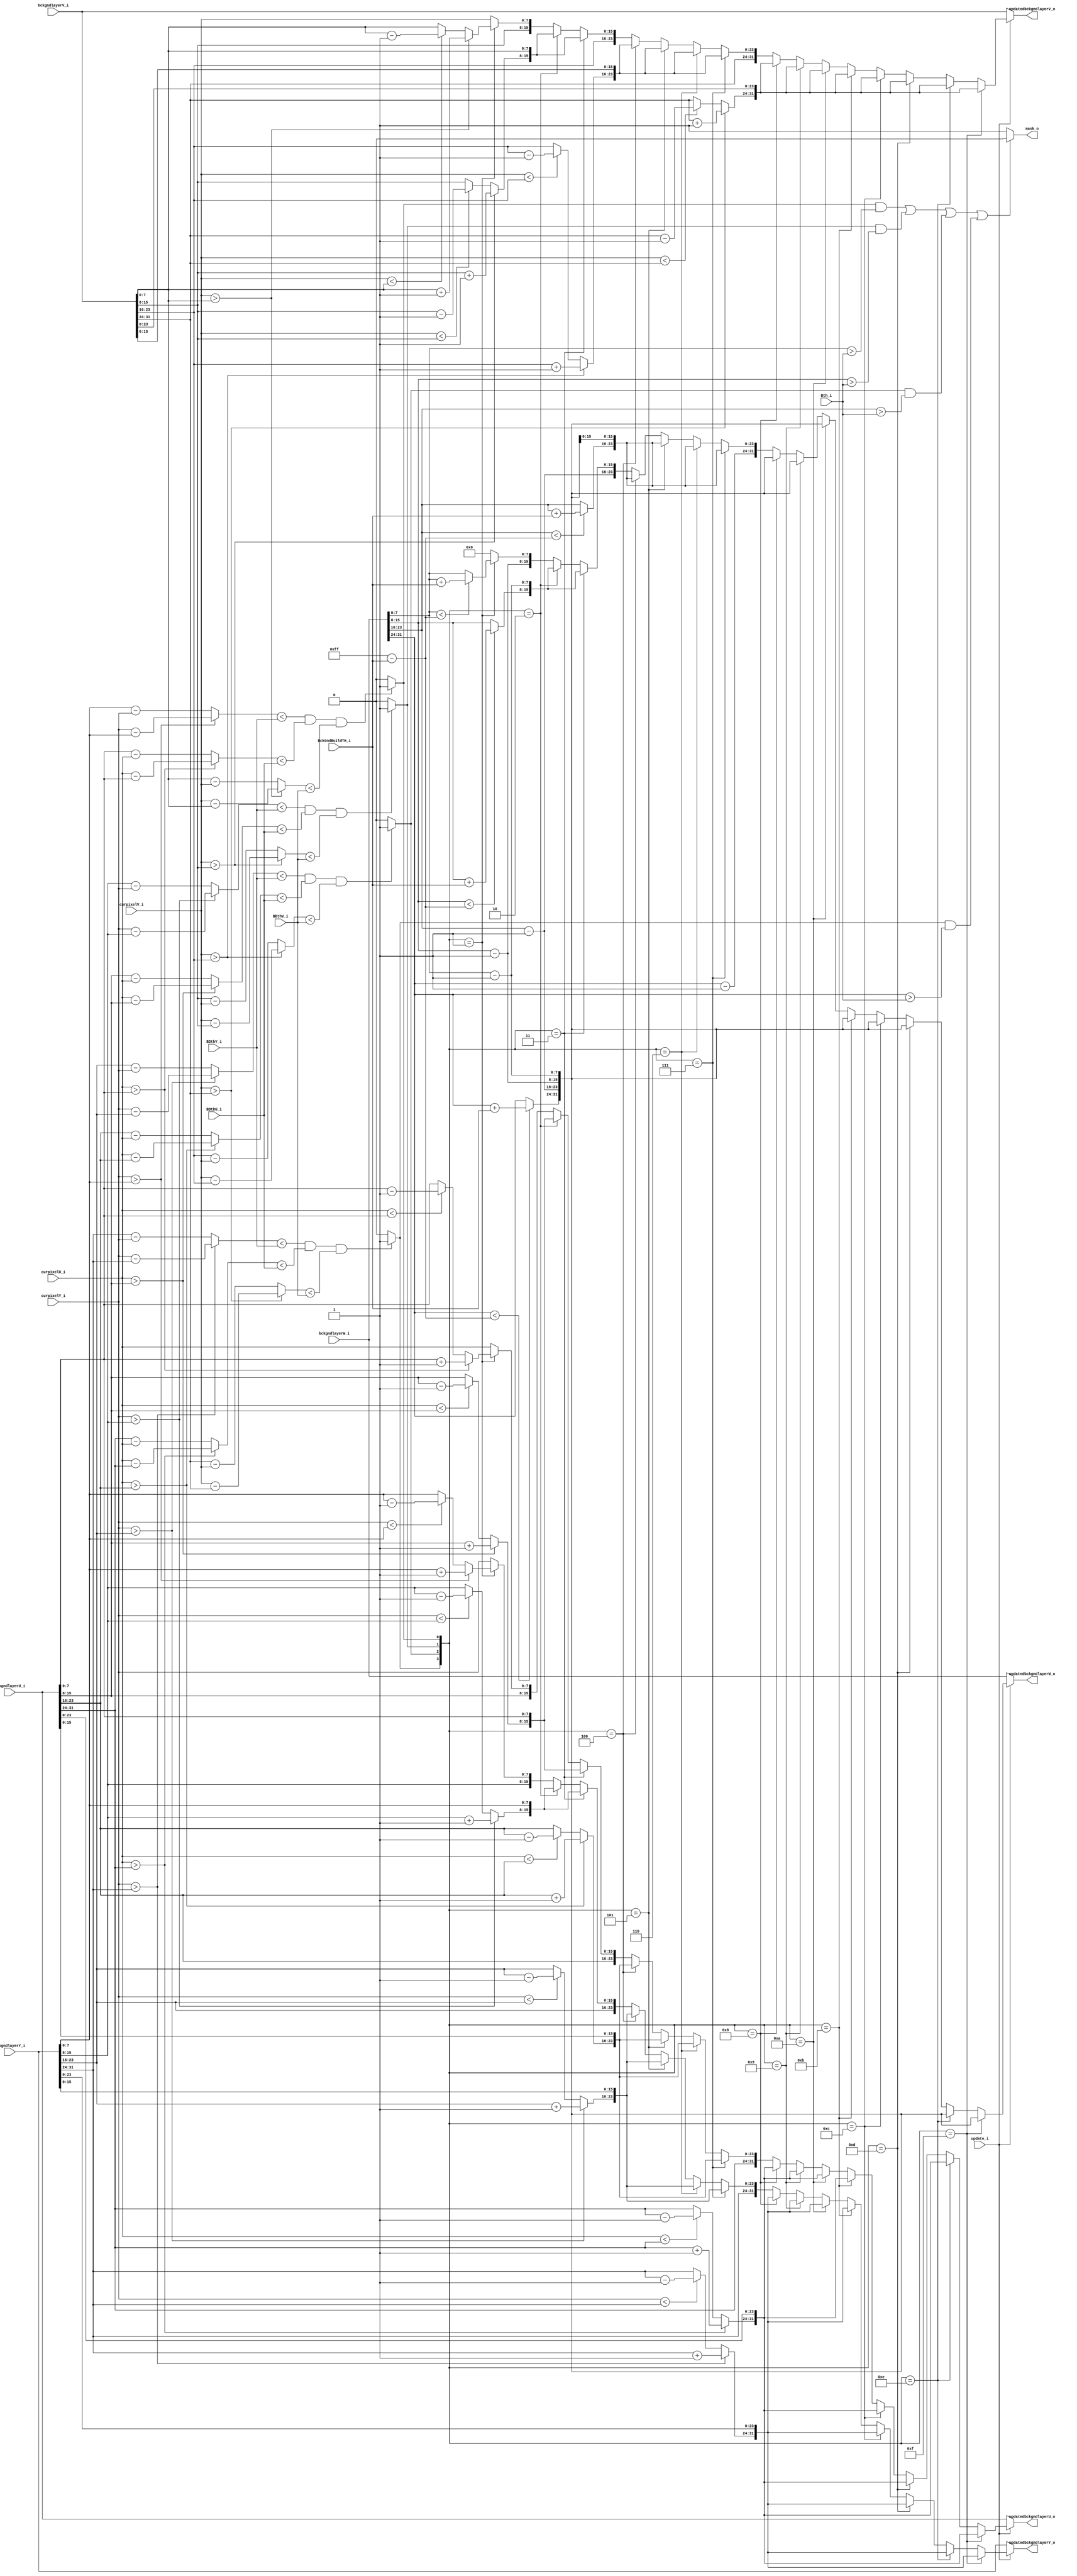
//  --========================================================================--
//  This confidential and proprietary software may be used only as
//  authorised by a licensing agreement from LAB421 NTU
//    (C) COPYRIGHT 2009-2012 ARM Limited
//        ALL RIGHTS RESERVED
//  The entire notice above must be reproduced on all authorised
//  copies and copies may only be made to the extent permitted
//  by a licensing agreement from  LAB421 NTU
//  
//  ----------------------------------------------------------------------------
//  Version and Release Control Information:
//  
//  File Revision      : 1.0
//  
//  Release Information : 
//  
//  ----------------------------------------------------------------------------
//  Purpose            : perform the background matching, update and foreground decision of a SINGLE pixel
//                       the thresholds (BDthY, BDthU, BDthV, Bth, update, BckGndBuildTH,) should be decided 
//                       before the processing and used as input in this module
//  --========================================================================--



module SegCore(
                //clk_i,
                //reset_i,
                //start_i,              
                //ctrl_gateCLK_i, 
                //stall_i,
                
                //lineidx_i, 
                //pixelidx_i,
                //MinWeightLayer, 
                BDthY_i, 
                BDthU_i, 
                BDthV_i, 
                Bth_i, 
                update_i, 
                BckGndBuildTH_i,                                          
                curpixelY_i, 
                curpixelU_i, 
                curpixelV_i, 
                bckgndlayerY_i, 
                bckgndlayerU_i,  
                bckgndlayerV_i,  
                bckgndlayerW_i,
                updatedbckgndlayerY_o,
                updatedbckgndlayerU_o,
                updatedbckgndlayerV_o,
                updatedbckgndlayerW_o,
                mask_o  
);              
                
//input clk_i;                     
//input reset_i;                 
//input start_i;                     
//input ctrl_gateCLK_i;            
//input stall_i;                   
                         
//input [15:0] lineidx_i;                 
//input [15:0] pixelidx_i;                
//input [3:0] MinWeightLayer;      //maximum 16 layers of background, 
                                   //but it is assumed that the minimal weight layer of background is already switched to the last position 
input [7:0] BDthY_i;                   
input [7:0] BDthU_i;                   
input [7:0] BDthV_i;                   
input [7:0] Bth_i;                     
input update_i;                  
input [7:0] BckGndBuildTH_i;                    
input [7:0] curpixelY_i;               
input [7:0] curpixelU_i;               
input [7:0] curpixelV_i;               
input [31:0] bckgndlayerY_i;     //4 background layer are used in this version       
input [31:0] bckgndlayerU_i;            
input [31:0] bckgndlayerV_i;  
input [31:0] bckgndlayerW_i; 
output [31:0] updatedbckgndlayerY_o;     //4 background layer are used in this version       
output [31:0] updatedbckgndlayerU_o;            
output [31:0] updatedbckgndlayerV_o;         
output [31:0] updatedbckgndlayerW_o;            
output mask_o;           

//Reg and Wire
wire [7:0] AbsDifflayer0Y;
wire [7:0] AbsDifflayer0U;
wire [7:0] AbsDifflayer0V;
wire [7:0] AbsDifflayer1Y;
wire [7:0] AbsDifflayer1U;
wire [7:0] AbsDifflayer1V;
wire [7:0] AbsDifflayer2Y;
wire [7:0] AbsDifflayer2U;
wire [7:0] AbsDifflayer2V;
wire [7:0] AbsDifflayer3Y;
wire [7:0] AbsDifflayer3U;
wire [7:0] AbsDifflayer3V;
wire Lay0Matched;
wire Lay1Matched;
wire Lay2Matched;
wire Lay3Matched;
wire [7:0] updatedlayer0Y;          
wire [7:0] updatedlayer0U;
wire [7:0] updatedlayer0V;
wire [7:0] updatedlayer1Y;
wire [7:0] updatedlayer1U;
wire [7:0] updatedlayer1V;
wire [7:0] updatedlayer2Y;
wire [7:0] updatedlayer2U;
wire [7:0] updatedlayer2V;
wire [7:0] updatedlayer3Y;
wire [7:0] updatedlayer3U;
wire [7:0] updatedlayer3V;
wire [7:0] updatedlayer0WINC;
wire [7:0] updatedlayer1WINC;
wire [7:0] updatedlayer2WINC;
wire [7:0] updatedlayer3WINC;
wire [7:0] updatedlayer0WDEC;
wire [7:0] updatedlayer1WDEC;
wire [7:0] updatedlayer2WDEC;
wire [7:0] updatedlayer3WDEC;
wire [31:0] updatedbckgndlayerY_w;
wire [31:0] updatedbckgndlayerU_w;
wire [31:0] updatedbckgndlayerV_w;
wire [31:0] updatedbckgndlayerW_w;




               
wire mask_w  ;   
wire [15:0] lineidx_w1    ;
wire [15:0] pixelidx_w1   ;
wire [7:0]  BDthY_w1      ;
wire [7:0]  BDthU_w1      ;
wire [7:0]  BDthV_w1      ;
wire [7:0]  Bth_w1        ;
wire update_w1            ;
wire [7:0] BckGndBuildTH_w1   ;
wire [7:0] curpixelY_w1       ;
wire [7:0] curpixelU_w1       ;
wire [7:0] curpixelV_w1       ;
wire [31:0] bckgndlayerY_w1   ;
wire [31:0] bckgndlayerU_w1   ;
wire [31:0] bckgndlayerV_w1   ;
wire [31:0] bckgndlayerW_w1   ;
wire [31:0]  updatedbckgndlayerY_w1   ;
wire [31:0]  updatedbckgndlayerU_w1   ;
wire [31:0]  updatedbckgndlayerV_w1   ;
wire [31:0]  updatedbckgndlayerW_w1   ;
wire mask_w1  ;                

							/**Input stage**/ 
           						//No input register
           						
           						
           						
                                                        /**Matching**/


assign AbsDifflayer0Y = (curpixelY_i > bckgndlayerY_i[7:0])?    (curpixelY_i - bckgndlayerY_i[7:0]):    (bckgndlayerY_i[7:0] - curpixelY_i);
assign AbsDifflayer0U = (curpixelU_i > bckgndlayerU_i[7:0])?    (curpixelU_i - bckgndlayerU_i[7:0]):    (bckgndlayerU_i[7:0] - curpixelU_i);
assign AbsDifflayer0V = (curpixelV_i > bckgndlayerV_i[7:0])?    (curpixelV_i - bckgndlayerV_i[7:0]):    (bckgndlayerV_i[7:0] - curpixelV_i);
assign AbsDifflayer1Y = (curpixelY_i > bckgndlayerY_i[15:8])?   (curpixelY_i - bckgndlayerY_i[15:8]):   (bckgndlayerY_i[15:8] - curpixelY_i);
assign AbsDifflayer1U = (curpixelU_i > bckgndlayerU_i[15:8])?   (curpixelU_i - bckgndlayerU_i[15:8]):   (bckgndlayerU_i[15:8] - curpixelU_i);
assign AbsDifflayer1V = (curpixelV_i > bckgndlayerV_i[15:8])?   (curpixelV_i - bckgndlayerV_i[15:8]):   (bckgndlayerV_i[15:8] - curpixelV_i);
assign AbsDifflayer2Y = (curpixelY_i > bckgndlayerY_i[23:16])?  (curpixelY_i - bckgndlayerY_i[23:16]):  (bckgndlayerY_i[23:16] - curpixelY_i);
assign AbsDifflayer2U = (curpixelU_i > bckgndlayerU_i[23:16])?  (curpixelU_i - bckgndlayerU_i[23:16]):  (bckgndlayerU_i[23:16] - curpixelU_i);
assign AbsDifflayer2V = (curpixelV_i > bckgndlayerV_i[23:16])?  (curpixelV_i - bckgndlayerV_i[23:16]):  (bckgndlayerV_i[23:16] - curpixelV_i);
assign AbsDifflayer3Y = (curpixelY_i > bckgndlayerY_i[31:24])?  (curpixelY_i - bckgndlayerY_i[31:24]):  (bckgndlayerY_i[31:24] - curpixelY_i);
assign AbsDifflayer3U = (curpixelU_i > bckgndlayerU_i[31:24])?  (curpixelU_i - bckgndlayerU_i[31:24]):  (bckgndlayerU_i[31:24] - curpixelU_i);
assign AbsDifflayer3V = (curpixelV_i > bckgndlayerV_i[31:24])?  (curpixelV_i - bckgndlayerV_i[31:24]):  (bckgndlayerV_i[31:24] - curpixelV_i);
        
assign Lay0Matched = ( (AbsDifflayer0Y < BDthY_i) &&  (AbsDifflayer0U < BDthU_i) && (AbsDifflayer0V < BDthV_i) )? 1'b1  : 1'b0;
assign Lay1Matched = ( (AbsDifflayer1Y < BDthY_i) &&  (AbsDifflayer1U < BDthU_i) && (AbsDifflayer1V < BDthV_i) )? 1'b1  : 1'b0;
assign Lay2Matched = ( (AbsDifflayer2Y < BDthY_i) &&  (AbsDifflayer2U < BDthU_i) && (AbsDifflayer2V < BDthV_i) )? 1'b1  : 1'b0;
assign Lay3Matched = ( (AbsDifflayer3Y < BDthY_i) &&  (AbsDifflayer3U < BDthU_i) && (AbsDifflayer3V < BDthV_i) )? 1'b1  : 1'b0;



                                                /**Foreground Decision**/
assign mask_w = ( (Lay0Matched&&(bckgndlayerW_i[7:0] > Bth_i) ) || (Lay1Matched&&(bckgndlayerW_i[15:8] > Bth_i)) || (Lay2Matched&&(bckgndlayerW_i[23:16] > Bth_i)) || (Lay3Matched&&(bckgndlayerW_i[31:24] > Bth_i)) )? 1'b0 : 1'b1;
                 
     



                                                /**Backgnd Update**/

//check below!!  overflow?
assign updatedlayer0Y = (curpixelY_i > bckgndlayerY_i[7:0])?    bckgndlayerY_i[7:0] + 1'b1      : 
                        (curpixelY_i < bckgndlayerY_i[7:0])?    bckgndlayerY_i[7:0] - 1'b1      :
                                                                bckgndlayerY_i[7:0]             ;       
assign updatedlayer0U = (curpixelU_i > bckgndlayerU_i[7:0])?    bckgndlayerU_i[7:0] + 1'b1      : 
                        (curpixelU_i < bckgndlayerU_i[7:0])?    bckgndlayerU_i[7:0] - 1'b1      :
                                                                bckgndlayerU_i[7:0]             ;               
assign updatedlayer0V = (curpixelV_i > bckgndlayerV_i[7:0]) ?   bckgndlayerV_i[7:0] + 1'b1      : 
                        (curpixelV_i < bckgndlayerV_i[7:0]) ?   bckgndlayerV_i[7:0] - 1'b1      :
                                                                bckgndlayerV_i[7:0]             ;       
assign updatedlayer1Y = (curpixelY_i > bckgndlayerY_i[15:8])?   bckgndlayerY_i[15:8] + 1'b1     : 
                        (curpixelY_i < bckgndlayerY_i[15:8])?   bckgndlayerY_i[15:8] - 1'b1     :
                                                                bckgndlayerY_i[15:8]            ; 
assign updatedlayer1U = (curpixelU_i > bckgndlayerU_i[15:8])?   bckgndlayerU_i[15:8] + 1'b1     : 
                        (curpixelU_i < bckgndlayerU_i[15:8])?   bckgndlayerU_i[15:8] - 1'b1     :
                                                                bckgndlayerU_i[15:8]            ; 
assign updatedlayer1V = (curpixelV_i > bckgndlayerV_i[15:8])?   bckgndlayerV_i[15:8] + 1'b1     : 
                        (curpixelV_i < bckgndlayerV_i[15:8])?   bckgndlayerV_i[15:8] - 1'b1     :
                                                                bckgndlayerV_i[15:8]            ; 
assign updatedlayer2Y = (curpixelY_i > bckgndlayerY_i[23:16])?  bckgndlayerY_i[23:16] + 1'b1    : 
                        (curpixelY_i < bckgndlayerY_i[23:16])?  bckgndlayerY_i[23:16] - 1'b1    :
                                                                bckgndlayerY_i[23:16]           ;
assign updatedlayer2U = (curpixelU_i > bckgndlayerU_i[23:16])?  bckgndlayerU_i[23:16] + 1'b1    : 
                        (curpixelU_i < bckgndlayerU_i[23:16])?  bckgndlayerU_i[23:16] - 1'b1    :
                                                                bckgndlayerU_i[23:16]           ;
assign updatedlayer2V = (curpixelV_i > bckgndlayerV_i[23:16])?  bckgndlayerV_i[23:16] + 1'b1    : 
                        (curpixelV_i < bckgndlayerV_i[23:16])?  bckgndlayerV_i[23:16] - 1'b1    :
                                                                bckgndlayerV_i[23:16]           ;
assign updatedlayer3Y = (curpixelY_i > bckgndlayerY_i[31:24])?  bckgndlayerY_i[31:24] + 1'b1    : 
                        (curpixelY_i < bckgndlayerY_i[31:24])?  bckgndlayerY_i[31:24] - 1'b1    :
                                                                bckgndlayerY_i[31:24]           ;
assign updatedlayer3U = (curpixelU_i > bckgndlayerU_i[31:24])?  bckgndlayerU_i[31:24] + 1'b1    : 
                        (curpixelU_i < bckgndlayerU_i[31:24])?  bckgndlayerU_i[31:24] - 1'b1    :
                                                                bckgndlayerU_i[31:24]           ;
assign updatedlayer3V = (curpixelV_i > bckgndlayerV_i[31:24])?  bckgndlayerV_i[31:24] + 1'b1    : 
                        (curpixelV_i < bckgndlayerV_i[31:24])?  bckgndlayerV_i[31:24] - 1'b1    :
                                                                bckgndlayerV_i[31:24]           ;
                                                                
assign updatedlayer0WINC = (bckgndlayerW_i[7:0] < (8'd255 - BckGndBuildTH_i))? bckgndlayerW_i[7:0] + BckGndBuildTH_i    :
                                                                          bckgndlayerW_i[7:0];
assign updatedlayer1WINC = (bckgndlayerW_i[15:8] < (8'd255 - BckGndBuildTH_i))? bckgndlayerW_i[15:8] + BckGndBuildTH_i  :
                                                                          bckgndlayerW_i[15:8];
assign updatedlayer2WINC = (bckgndlayerW_i[23:16] < (8'd255 - BckGndBuildTH_i))? bckgndlayerW_i[23:16] + BckGndBuildTH_i        :
                                                                          bckgndlayerW_i[23:16];
assign updatedlayer3WINC = (bckgndlayerW_i[31:24] < (8'd255 - BckGndBuildTH_i))? bckgndlayerW_i[31:24] + BckGndBuildTH_i        :
                                                                          bckgndlayerW_i[31:24];

assign updatedlayer0WDEC =  bckgndlayerW_i[7:0] - 1'b1;
                          
assign updatedlayer1WDEC =  bckgndlayerW_i[15:8] - 1'b1;
                          
assign updatedlayer2WDEC =  bckgndlayerW_i[23:16] - 1'b1;
                          
assign updatedlayer3WDEC =  bckgndlayerW_i[31:24] - 1'b1;
 

//layer 3 bckgnd is easiest to be update, is this okH
assign updatedbckgndlayerY_w =  ({Lay3Matched, Lay2Matched, Lay1Matched, Lay0Matched} == 4'b1111 )?     {updatedlayer3Y, bckgndlayerY_i[23:0]}  : 
                                ({Lay3Matched, Lay2Matched, Lay1Matched, Lay0Matched} == 4'b1110 )?     {updatedlayer3Y, bckgndlayerY_i[23:0]}  :
                                ({Lay3Matched, Lay2Matched, Lay1Matched, Lay0Matched} == 4'b1101 )?     {updatedlayer3Y, bckgndlayerY_i[23:0]}  :
                                ({Lay3Matched, Lay2Matched, Lay1Matched, Lay0Matched} == 4'b1100 )?     {updatedlayer3Y, bckgndlayerY_i[23:0]}  :
                                ({Lay3Matched, Lay2Matched, Lay1Matched, Lay0Matched} == 4'b1011 )?     {updatedlayer3Y, bckgndlayerY_i[23:0]}  :
                                ({Lay3Matched, Lay2Matched, Lay1Matched, Lay0Matched} == 4'b1010 )?     {updatedlayer3Y, bckgndlayerY_i[23:0]}  :       
                                ({Lay3Matched, Lay2Matched, Lay1Matched, Lay0Matched} == 4'b1001 )?     {updatedlayer3Y, bckgndlayerY_i[23:0]}  :
                                ({Lay3Matched, Lay2Matched, Lay1Matched, Lay0Matched} == 4'b1000 )?     {updatedlayer3Y, bckgndlayerY_i[23:0]}  :
                                ({Lay3Matched, Lay2Matched, Lay1Matched, Lay0Matched} == 4'b0111 )?     {bckgndlayerY_i[31:24], updatedlayer2Y, bckgndlayerY_i[15:0]}   :
                                ({Lay3Matched, Lay2Matched, Lay1Matched, Lay0Matched} == 4'b0110 )?     {bckgndlayerY_i[31:24], updatedlayer2Y, bckgndlayerY_i[15:0]}   :
                                ({Lay3Matched, Lay2Matched, Lay1Matched, Lay0Matched} == 4'b0101 )?     {bckgndlayerY_i[31:24], updatedlayer2Y, bckgndlayerY_i[15:0]}   :
                                ({Lay3Matched, Lay2Matched, Lay1Matched, Lay0Matched} == 4'b0100 )?     {bckgndlayerY_i[31:24], updatedlayer2Y, bckgndlayerY_i[15:0]}   :
                                ({Lay3Matched, Lay2Matched, Lay1Matched, Lay0Matched} == 4'b0011 )?     {bckgndlayerY_i[31:16], updatedlayer1Y, bckgndlayerY_i[7:0]}    :
                                ({Lay3Matched, Lay2Matched, Lay1Matched, Lay0Matched} == 4'b0010 )?     {bckgndlayerY_i[31:16], updatedlayer1Y, bckgndlayerY_i[7:0]}    :
                                ({Lay3Matched, Lay2Matched, Lay1Matched, Lay0Matched} == 4'b0001 )?     {bckgndlayerY_i[31:8], updatedlayer0Y}  :
                                /*({Lay3Matched, Lay2Matched, Lay1Matched, Lay0Matched} == 4'b0000 )?*/     {bckgndlayerY_i[31:8], curpixelY_i};
assign updatedbckgndlayerU_w =  ({Lay3Matched, Lay2Matched, Lay1Matched, Lay0Matched} == 4'b1111 )?     {updatedlayer3U, bckgndlayerU_i[23:0]}  : 
                                ({Lay3Matched, Lay2Matched, Lay1Matched, Lay0Matched} == 4'b1110 )?     {updatedlayer3U, bckgndlayerU_i[23:0]}  :
                                ({Lay3Matched, Lay2Matched, Lay1Matched, Lay0Matched} == 4'b1101 )?     {updatedlayer3U, bckgndlayerU_i[23:0]}  :
                                ({Lay3Matched, Lay2Matched, Lay1Matched, Lay0Matched} == 4'b1100 )?     {updatedlayer3U, bckgndlayerU_i[23:0]}  :
                                ({Lay3Matched, Lay2Matched, Lay1Matched, Lay0Matched} == 4'b1011 )?     {updatedlayer3U, bckgndlayerU_i[23:0]}  :
                                ({Lay3Matched, Lay2Matched, Lay1Matched, Lay0Matched} == 4'b1010 )?     {updatedlayer3U, bckgndlayerU_i[23:0]}  :       
                                ({Lay3Matched, Lay2Matched, Lay1Matched, Lay0Matched} == 4'b1001 )?     {updatedlayer3U, bckgndlayerU_i[23:0]}  :
                                ({Lay3Matched, Lay2Matched, Lay1Matched, Lay0Matched} == 4'b1000 )?     {updatedlayer3U, bckgndlayerU_i[23:0]}  :
                                ({Lay3Matched, Lay2Matched, Lay1Matched, Lay0Matched} == 4'b0111 )?     {bckgndlayerU_i[31:24], updatedlayer2U, bckgndlayerU_i[15:0]}   :
                                ({Lay3Matched, Lay2Matched, Lay1Matched, Lay0Matched} == 4'b0110 )?     {bckgndlayerU_i[31:24], updatedlayer2U, bckgndlayerU_i[15:0]}   :
                                ({Lay3Matched, Lay2Matched, Lay1Matched, Lay0Matched} == 4'b0101 )?     {bckgndlayerU_i[31:24], updatedlayer2U, bckgndlayerU_i[15:0]}   :
                                ({Lay3Matched, Lay2Matched, Lay1Matched, Lay0Matched} == 4'b0100 )?     {bckgndlayerU_i[31:24], updatedlayer2U, bckgndlayerU_i[15:0]}   :
                                ({Lay3Matched, Lay2Matched, Lay1Matched, Lay0Matched} == 4'b0011 )?     {bckgndlayerU_i[31:16], updatedlayer1U, bckgndlayerU_i[7:0]}    :
                                ({Lay3Matched, Lay2Matched, Lay1Matched, Lay0Matched} == 4'b0010 )?     {bckgndlayerU_i[31:16], updatedlayer1U, bckgndlayerU_i[7:0]}    :
                                ({Lay3Matched, Lay2Matched, Lay1Matched, Lay0Matched} == 4'b0001 )?     {bckgndlayerU_i[31:8], updatedlayer0U}  :
                                /*({Lay3Matched, Lay2Matched, Lay1Matched, Lay0Matched} == 4'b0000 )?*/     {bckgndlayerU_i[31:8], curpixelU_i};
assign updatedbckgndlayerV_w =  ({Lay3Matched, Lay2Matched, Lay1Matched, Lay0Matched} == 4'b1111 )?     {updatedlayer3V, bckgndlayerV_i[23:0]}  : 
                                ({Lay3Matched, Lay2Matched, Lay1Matched, Lay0Matched} == 4'b1110 )?     {updatedlayer3V, bckgndlayerV_i[23:0]}  :
                                ({Lay3Matched, Lay2Matched, Lay1Matched, Lay0Matched} == 4'b1101 )?     {updatedlayer3V, bckgndlayerV_i[23:0]}  :
                                ({Lay3Matched, Lay2Matched, Lay1Matched, Lay0Matched} == 4'b1100 )?     {updatedlayer3V, bckgndlayerV_i[23:0]}  :
                                ({Lay3Matched, Lay2Matched, Lay1Matched, Lay0Matched} == 4'b1011 )?     {updatedlayer3V, bckgndlayerV_i[23:0]}  :
                                ({Lay3Matched, Lay2Matched, Lay1Matched, Lay0Matched} == 4'b1010 )?     {updatedlayer3V, bckgndlayerV_i[23:0]}  :       
                                ({Lay3Matched, Lay2Matched, Lay1Matched, Lay0Matched} == 4'b1001 )?     {updatedlayer3V, bckgndlayerV_i[23:0]}  :
                                ({Lay3Matched, Lay2Matched, Lay1Matched, Lay0Matched} == 4'b1000 )?     {updatedlayer3V, bckgndlayerV_i[23:0]}  :
                                ({Lay3Matched, Lay2Matched, Lay1Matched, Lay0Matched} == 4'b0111 )?     {bckgndlayerV_i[31:24], updatedlayer2V, bckgndlayerV_i[15:0]}   :
                                ({Lay3Matched, Lay2Matched, Lay1Matched, Lay0Matched} == 4'b0110 )?     {bckgndlayerV_i[31:24], updatedlayer2V, bckgndlayerV_i[15:0]}   :
                                ({Lay3Matched, Lay2Matched, Lay1Matched, Lay0Matched} == 4'b0101 )?     {bckgndlayerV_i[31:24], updatedlayer2V, bckgndlayerV_i[15:0]}   :
                                ({Lay3Matched, Lay2Matched, Lay1Matched, Lay0Matched} == 4'b0100 )?     {bckgndlayerV_i[31:24], updatedlayer2V, bckgndlayerV_i[15:0]}   :
                                ({Lay3Matched, Lay2Matched, Lay1Matched, Lay0Matched} == 4'b0011 )?     {bckgndlayerV_i[31:16], updatedlayer1V, bckgndlayerV_i[7:0]}    :
                                ({Lay3Matched, Lay2Matched, Lay1Matched, Lay0Matched} == 4'b0010 )?     {bckgndlayerV_i[31:16], updatedlayer1V, bckgndlayerV_i[7:0]}    :
                                ({Lay3Matched, Lay2Matched, Lay1Matched, Lay0Matched} == 4'b0001 )?     {bckgndlayerV_i[31:8], updatedlayer0V}  :
                                /*({Lay3Matched, Lay2Matched, Lay1Matched, Lay0Matched} == 4'b0000 )?*/     {bckgndlayerV_i[31:8], curpixelV_i};
assign updatedbckgndlayerW_w =  ({Lay3Matched, Lay2Matched, Lay1Matched, Lay0Matched} == 4'b1111 )?     {updatedlayer3WINC, updatedlayer2WDEC, updatedlayer1WDEC, updatedlayer0WDEC}    :       
                                ({Lay3Matched, Lay2Matched, Lay1Matched, Lay0Matched} == 4'b1110 )?     {updatedlayer3WINC, updatedlayer2WDEC, updatedlayer1WDEC, updatedlayer0WDEC}    :
                                ({Lay3Matched, Lay2Matched, Lay1Matched, Lay0Matched} == 4'b1101 )?     {updatedlayer3WINC, updatedlayer2WDEC, updatedlayer1WDEC, updatedlayer0WDEC}    :
                                ({Lay3Matched, Lay2Matched, Lay1Matched, Lay0Matched} == 4'b1100 )?     {updatedlayer3WINC, updatedlayer2WDEC, updatedlayer1WDEC, updatedlayer0WDEC}    :
                                ({Lay3Matched, Lay2Matched, Lay1Matched, Lay0Matched} == 4'b1011 )?     {updatedlayer3WINC, updatedlayer2WDEC, updatedlayer1WDEC, updatedlayer0WDEC}    :
                                ({Lay3Matched, Lay2Matched, Lay1Matched, Lay0Matched} == 4'b1010 )?     {updatedlayer3WINC, updatedlayer2WDEC, updatedlayer1WDEC, updatedlayer0WDEC}    :
                                ({Lay3Matched, Lay2Matched, Lay1Matched, Lay0Matched} == 4'b1001 )?     {updatedlayer3WINC, updatedlayer2WDEC, updatedlayer1WDEC, updatedlayer0WDEC}    :
                                ({Lay3Matched, Lay2Matched, Lay1Matched, Lay0Matched} == 4'b1000 )?     {updatedlayer3WINC, updatedlayer2WDEC, updatedlayer1WDEC, updatedlayer0WDEC}    :
                                ({Lay3Matched, Lay2Matched, Lay1Matched, Lay0Matched} == 4'b0111 )?     {updatedlayer3WDEC, updatedlayer2WINC, updatedlayer1WDEC, updatedlayer0WDEC}    :
                                ({Lay3Matched, Lay2Matched, Lay1Matched, Lay0Matched} == 4'b0110 )?     {updatedlayer3WDEC, updatedlayer2WINC, updatedlayer1WDEC, updatedlayer0WDEC}    :
                                ({Lay3Matched, Lay2Matched, Lay1Matched, Lay0Matched} == 4'b0101 )?     {updatedlayer3WDEC, updatedlayer2WINC, updatedlayer1WDEC, updatedlayer0WDEC}    :
                                ({Lay3Matched, Lay2Matched, Lay1Matched, Lay0Matched} == 4'b0100 )?     {updatedlayer3WDEC, updatedlayer2WINC, updatedlayer1WDEC, updatedlayer0WDEC}    :
                                ({Lay3Matched, Lay2Matched, Lay1Matched, Lay0Matched} == 4'b0011 )?     {updatedlayer3WDEC, updatedlayer2WDEC, updatedlayer1WINC, updatedlayer0WDEC}    :
                                ({Lay3Matched, Lay2Matched, Lay1Matched, Lay0Matched} == 4'b0010 )?     {updatedlayer3WDEC, updatedlayer2WDEC, updatedlayer1WINC, updatedlayer0WDEC}    :
                                ({Lay3Matched, Lay2Matched, Lay1Matched, Lay0Matched} == 4'b0001 )?     {updatedlayer3WDEC, updatedlayer2WDEC, updatedlayer1WDEC, updatedlayer0WINC}    :
                                /*({Lay3Matched, Lay2Matched, Lay1Matched, Lay0Matched} == 4'b0000 )?*/     {updatedlayer3WDEC, updatedlayer2WDEC, updatedlayer1WDEC, 8'd0};

assign updatedbckgndlayerY_w1 = (update_i)? updatedbckgndlayerY_w:	bckgndlayerY_i	;
assign updatedbckgndlayerU_w1 = (update_i)? updatedbckgndlayerU_w:	bckgndlayerU_i	;
assign updatedbckgndlayerV_w1 = (update_i)? updatedbckgndlayerV_w:	bckgndlayerV_i	;
assign updatedbckgndlayerW_w1 = (update_i)? updatedbckgndlayerW_w:	bckgndlayerW_i	;
 
            
							/*output Stage*/
assign updatedbckgndlayerY_o    =       updatedbckgndlayerY_w1   ;
assign updatedbckgndlayerU_o    =       updatedbckgndlayerU_w1   ;
assign updatedbckgndlayerV_o    =       updatedbckgndlayerV_w1   ;
assign updatedbckgndlayerW_o    =       updatedbckgndlayerW_w1   ;
assign mask_o           =       mask_w          ;


endmodule